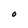
Character: O